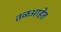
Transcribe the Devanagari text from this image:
तळआहेत